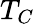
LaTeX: T_{C}